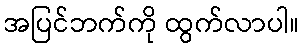
အပြင်ဘက်ကို ထွက်လာပါ။